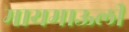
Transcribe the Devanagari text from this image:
मायमाऊली